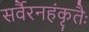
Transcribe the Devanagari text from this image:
सर्वैरनहंकृतैः